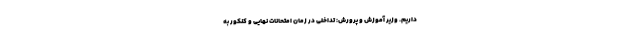
داریم. وزیر آموزش و پرورش: تداخلی در زمان امتحانات نهایی و کنکور به